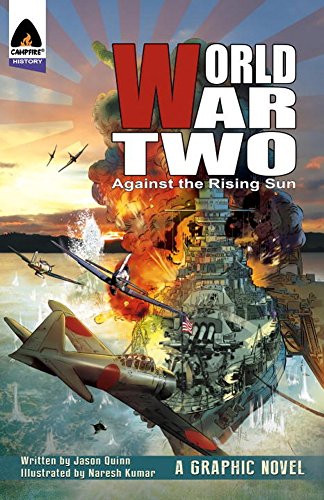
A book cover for World War Two: Against The Rising Sun (Campfire Graphic Novels); Jason Quinn; Children's Books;